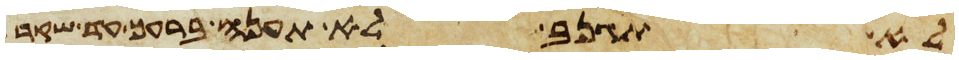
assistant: לא תגנב לא תענה ברעך עד שוא